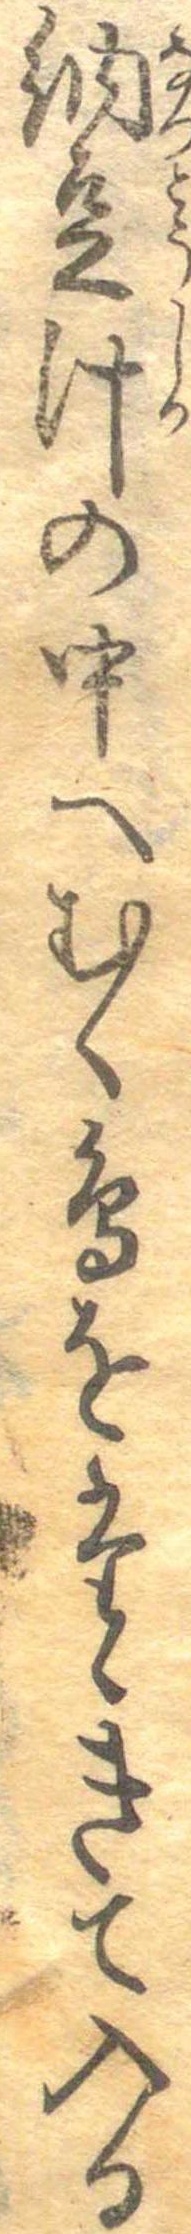
納豆汁の中へむく鳥をたゝきて入る